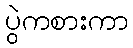
ပွဲကစားကာ